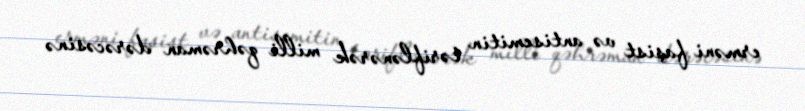
erməni faşist və antisemitin təriflənərək milli qəhrəman dərəcəsinə